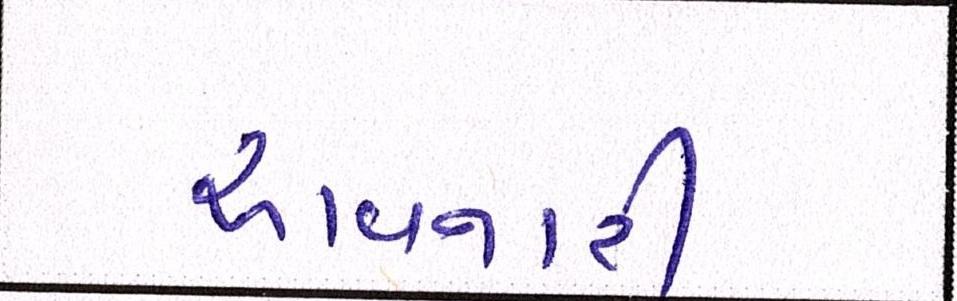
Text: આવનારી